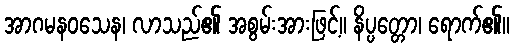
အာဂမနဝသေန၊ လာသည်၏ အစွမ်းအားဖြင့်။ နိပ္ပတ္တော၊ ရောက်၏။